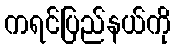
ကရင်ပြည်နယ်ကို